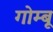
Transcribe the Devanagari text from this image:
गोम्बू